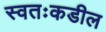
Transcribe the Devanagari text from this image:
स्वतःकडील